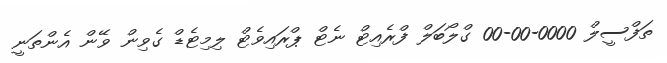
ތަފްސީލް 0000-00-00 ގްލޯބަލް ފްރެއިޓް ނެޓް ޕްރައިވެޓް ލިމިޓެޑް ގެވިން ވޭން އެންތަނީ